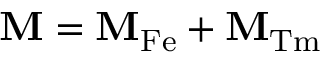
\mathbf { M } = \mathbf { M } _ { \mathrm { F e } } + \mathbf { M } _ { \mathrm { T m } }